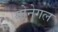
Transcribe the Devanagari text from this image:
गोनेगल